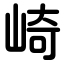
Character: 崎